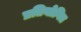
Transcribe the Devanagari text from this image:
प्रतियोगित